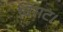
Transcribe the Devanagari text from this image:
विराट।